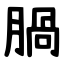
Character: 腡